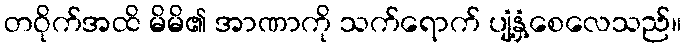
တဝိုက်အထိ မိမိ၏ အာဏာကို သက်ရောက် ပျံ့နှံ့စေလေသည်။